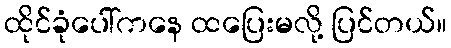
ထိုင်ခုံပေါ်ကနေ ထပြေးမလို့ ပြင်တယ်။